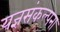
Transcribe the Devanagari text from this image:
यज्ञसंकल्पना